Indian journal of veterinary science and animal husbandry - Volume 11,
Year: 1941
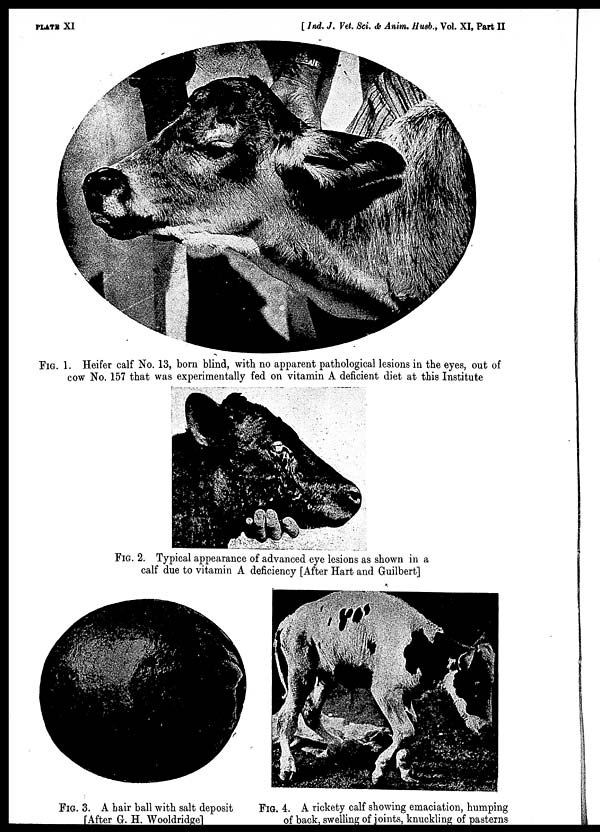
PLATE XI
[ Ind. J. Vet. Sci. & Anim. Husb., Vol. XI, Part II
FIG. 1. Heifer calf No. 13, born blind, with no apparent pathological lesions in the eyes, out of
cow No. 157 that was experimentally fed on vitamin A deficient diet at this Institute
FIG. 2. Typical appearance of advanced eye lesions as shown in a
calf due to vitamin A deficiency [After Hart and Guilbert]
FIG. 3. A hair ball with salt deposit
[After G. H. Wooldridge]
FIG. 4. A rickety calf showing emaciation, humping
of back, swelling of joints, knuckling of pasterns